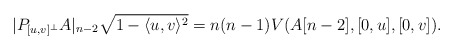
\begin{align*}|P_{[u,v]^\bot}A|_{n-2}\sqrt{1-\langle u, v\rangle^2}=n(n-1)V(A[n-2],[0,u], [0,v]).\end{align*}